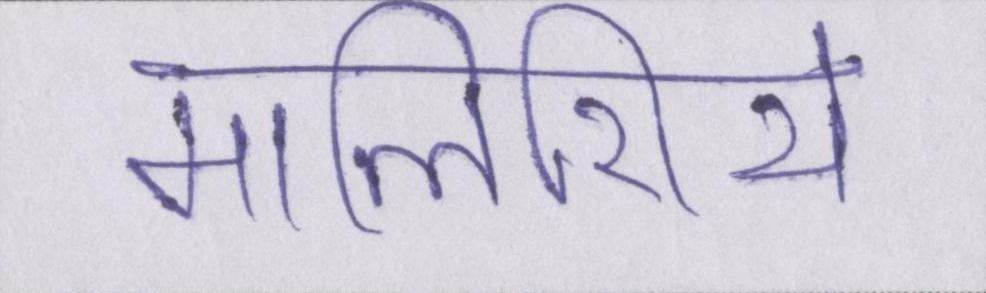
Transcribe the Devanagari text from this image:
मालिशिये